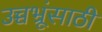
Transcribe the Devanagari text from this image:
उच्चभ्रूंसाठी